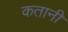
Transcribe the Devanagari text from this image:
कतानी